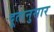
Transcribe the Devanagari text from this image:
दूतानुसार